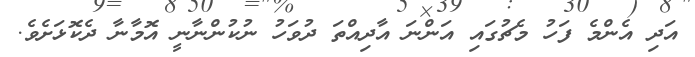
އަދި އެންމެ ފަހު މެޗުގައި އަންނަ އާދިއްތަ ދުވަހު ނުކުންނާނީ އޮމާނާ ދެކޮޅަށެވެ.